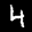
Label: 4